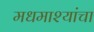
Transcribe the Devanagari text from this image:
मधमाश्यांंचा